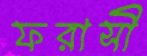
ফরাসী